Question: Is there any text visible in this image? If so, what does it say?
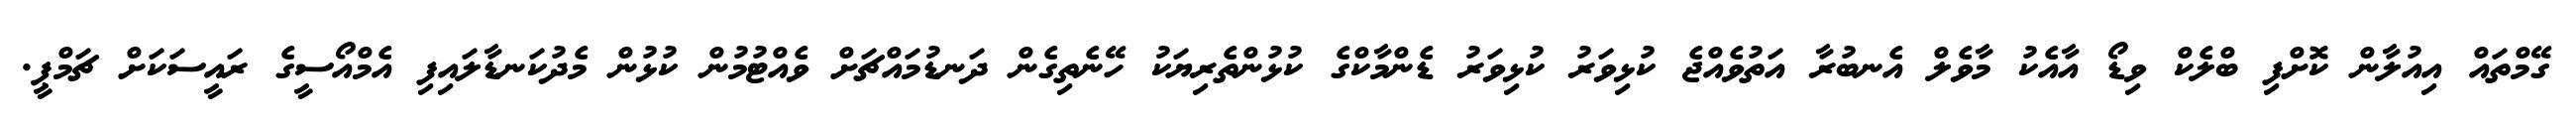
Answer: ގޭމްތައް އިއުލާން ކޮށްފި ބްލެކް ވިޑޯ އާއެކު މާވެލް އެނބުރާ އަތުވެއްޖެ ކުޅިވަރު ކުޅިވަރު ޑެންމާކްގެ ކުޅުންތެރިޔަކު ހޭނެތިގެން ދަނޑުމައްޗަށް ވެއްޓުމުން ކުޅުން މެދުކަނޑާލައިފި އެމްއޯސީގެ ރައީސަކަށް ޗަމްޕީ.